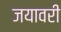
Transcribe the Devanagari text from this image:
जयावरी